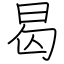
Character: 曷